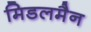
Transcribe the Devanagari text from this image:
मिडलमैन